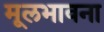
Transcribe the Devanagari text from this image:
मूलभावना